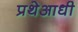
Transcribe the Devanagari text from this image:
प्रथेआधी